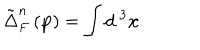
\tilde { \Delta } _ { F } ^ { n } \left( \mathbf { p } \right) = \int d ^ { \mathbf { \ } 3 } \mathbf { x }